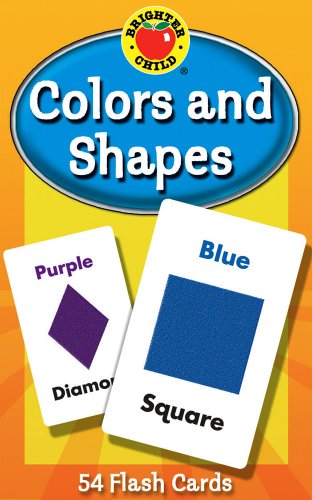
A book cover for Colors and Shapes Flash Cards (Brighter Child Flash Cards); Children's Books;